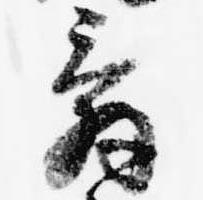
辞